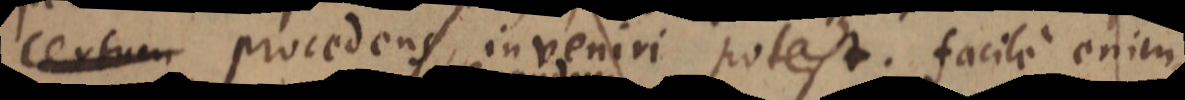
certum procedens inveniri potest. facile enim